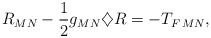
LaTeX: \begin{align*}R_{MN}-\frac{1}{2}g_{MN}\diamondsuit R=-T_{F\,MN},\end{align*}